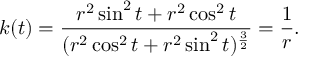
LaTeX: k ( t ) = { \frac { r ^ { 2 } \sin ^ { 2 } t + r ^ { 2 } \cos ^ { 2 } t } { ( r ^ { 2 } \cos ^ { 2 } t + r ^ { 2 } \sin ^ { 2 } t ) ^ { \frac { 3 } { 2 } } } } = { \frac { 1 } { r } } .